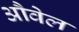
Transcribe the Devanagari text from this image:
औवेल